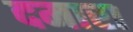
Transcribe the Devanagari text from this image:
दमारा